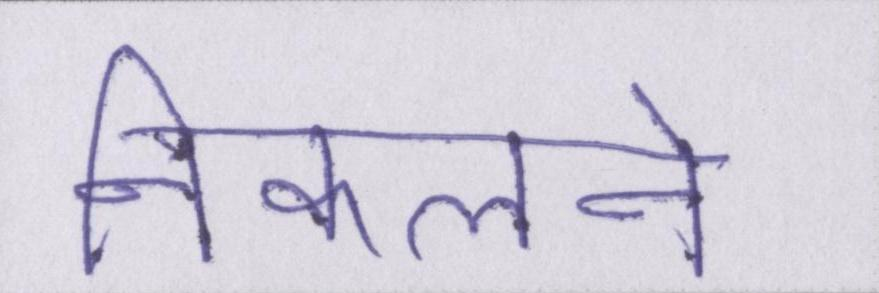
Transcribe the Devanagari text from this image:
निकलने